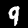
Label: 9